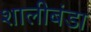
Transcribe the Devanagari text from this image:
शालीबंडा